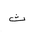
Letter: _tha